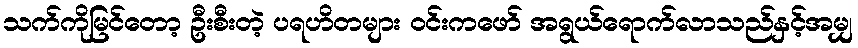
သက်ကိုမြင်တော့ ဦးစီးတဲ့ ပရဟိတများ ဝင်းကဖော် အရွယ်ရောက်လာသည်နှင့်အမျှ